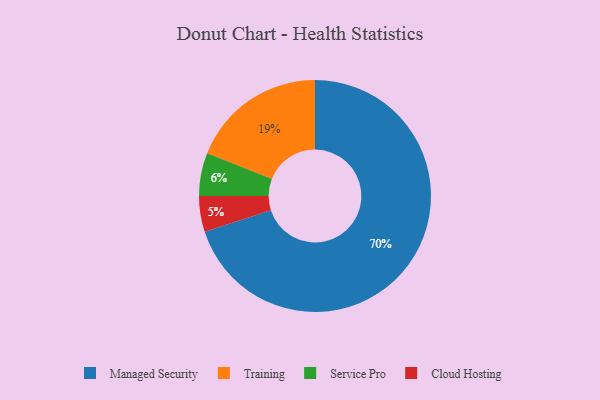
{"axis": {"x": "Category", "y": "Percentage"}, "legend": ["Cloud Hosting", "Managed Security", "Service Pro", "Training"], "data": [{"x": "Cloud Hosting", "y": 5, "type": "Cloud Hosting"}, {"x": "Managed Security", "y": 70, "type": "Managed Security"}, {"x": "Training", "y": 19, "type": "Training"}, {"x": "Service Pro", "y": 6, "type": "Service Pro"}]}